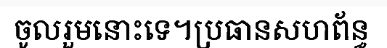
ចូលរួមនោះទេ។ប្រធានសហព័ន្ធ